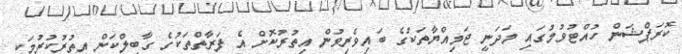
ކޮރަޕްޝަން ހުއްޓުވުމުގައި މަދަނީ ޖަމިއްޔާތަކުގެ ބައިވެރިވުން އިތުރުކޮށް އެ ފަރާތްތަކުގެ ގާބިލްކަން އިތުރުކުރުމަކީ